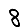
Digit: 8